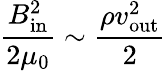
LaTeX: {\frac{B_{\mathrm{in}}^{2}}{2\mu_{0}}}\sim{\frac{\rho v_{\mathrm{out}}^{2}}{2}}